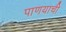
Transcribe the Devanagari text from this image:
पाणयाची